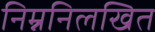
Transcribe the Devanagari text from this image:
निम्ननिलखित